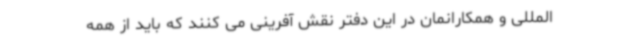
المللی و همکارانمان در این دفتر نقش آفرینی می کنند که باید از همه